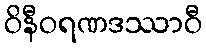
ဝိနီဝရဏဒဿာဝီ